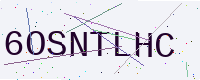
Text: 6OSNTLHC